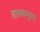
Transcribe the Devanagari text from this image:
ताफ्यानुसार